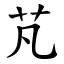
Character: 芃